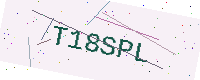
Text: T18SPL